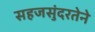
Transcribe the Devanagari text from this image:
सहजसुंदरतेने